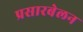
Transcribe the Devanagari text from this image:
प्रसारबेलन